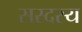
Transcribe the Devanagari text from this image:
सस्दस्य